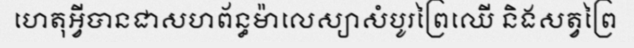
ហេតុអ្វីបានជាសហព័ន្ធម៉ាលេស្យាសំបូរព្រៃឈើ និងសត្វព្រៃ